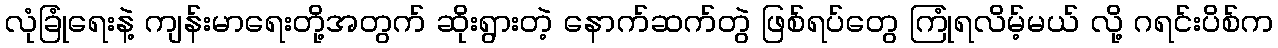
လုံခြုံရေးနဲ့ ကျန်းမာရေးတို့အတွက် ဆိုးရွားတဲ့ နောက်ဆက်တွဲ ဖြစ်ရပ်တွေ ကြုံရလိမ့်မယ် လို့ ဂရင်းပိစ်က